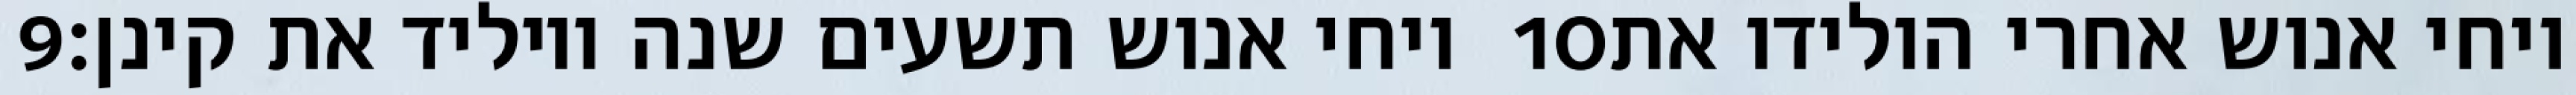
‎9‏ ויחי אנוש תשעים שנה ויוליד את קינן׃ ‎10‏ ויחי אנוש אחרי הולידו את